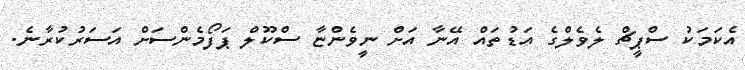
އެކަމަކު ސްޕީޗް ލެވެލްގެ އަޑުތައް އޭނާ އަށް ނީވެންޏާ ސްކޫލް ޕަފޯމެންސަށް އަސަރުކުރާނެ.